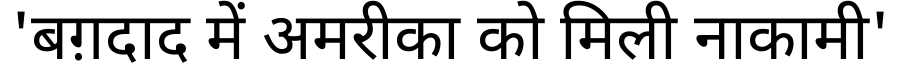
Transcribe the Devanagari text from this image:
'बग़दाद में अमरीका को मिली नाकामी'